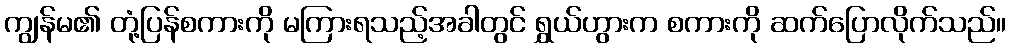
ကျွန်မ၏ တုံ့ပြန်စကားကို မကြားရသည့်အခါတွင် ရွှယ်ဟွားက စကားကို ဆက်ပြောလိုက်သည်။